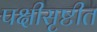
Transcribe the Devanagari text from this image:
पक्षीसृष्टीत